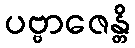
ပဗ္ဗာဇေန္တိ